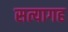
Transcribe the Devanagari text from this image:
सत्यागह